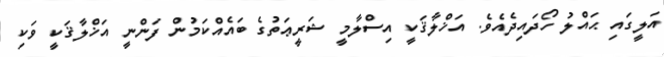
އަލީގައި ޙައްލު ހޯދައިދެއެވެ. އަޚްލާޤަކީ އިސްލާމީ ޝަރީޢަތުގެ ބައެއްކަމުން ފަންނީ އަޚްލާޤަކީ ވަކި